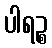
ပါရဉ္စ